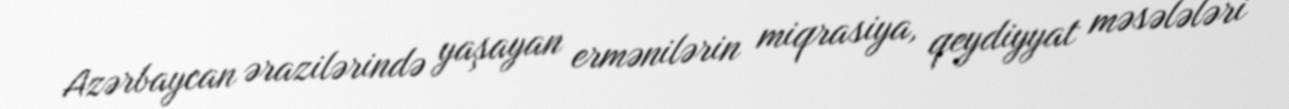
Azərbaycan ərazilərində yaşayan ermənilərin miqrasiya, qeydiyyat məsələləri